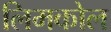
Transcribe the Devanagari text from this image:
लिमकोल